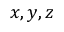
x , y , z